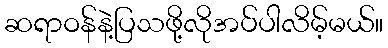
ဆရာဝန်နဲ့ပြသဖို့လိုအပ်ပါလိမ့်မယ်။